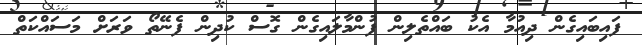
ފައިބައިގެން ދިއުމާ އެކު ބައްތެލިން ފުންމާލައިގެން ގޮސް ކުދިން ފެނޭތޯ ވަރަށް މަސައްކަތް